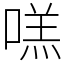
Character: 㗝